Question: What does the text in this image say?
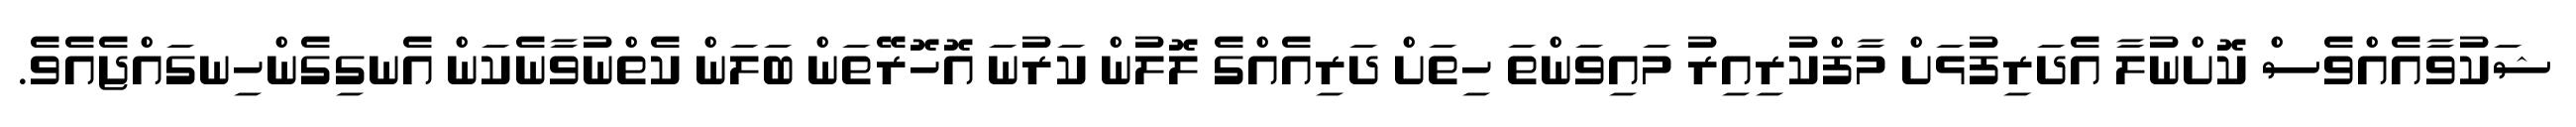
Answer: ޝަކުވާއެއްވެސް ކޮށްނުލާ އެދަރިފުޅަށް މާފްކުރިއިރު މައިވަންތަ ހިތަށް ދަރިއެއްގެ ލޮލުން ކަރުނަ އޮހޮރޭތަން ބަލަން ކެތްނުވާނެކަން އެނގިގެންހިނގައްޖެއެވެ.